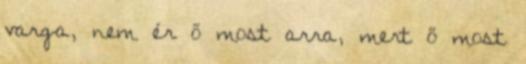
varga, nem ér ő most arra, mert ő most